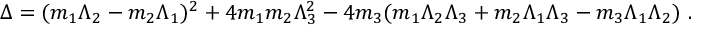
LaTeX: \Delta = ( m _ { 1 } \Lambda _ { 2 } - m _ { 2 } \Lambda _ { 1 } ) ^ { 2 } + 4 m _ { 1 } m _ { 2 } \Lambda _ { 3 } ^ { 2 } - 4 m _ { 3 } ( m _ { 1 } \Lambda _ { 2 } \Lambda _ { 3 } + m _ { 2 } \Lambda _ { 1 } \Lambda _ { 3 } - m _ { 3 } \Lambda _ { 1 } \Lambda _ { 2 } ) ~ .